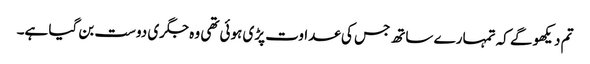
تم دیکھو گے کہ تمہارے ساتھ جس کی عداوت پڑی ہوئی تھی وہ جگری دوست بن گیا ہے۔